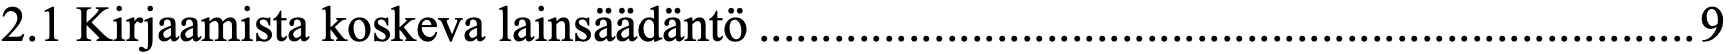
2.1 Kirjaamista koskeva lainsäädäntö ........................................................................... 9